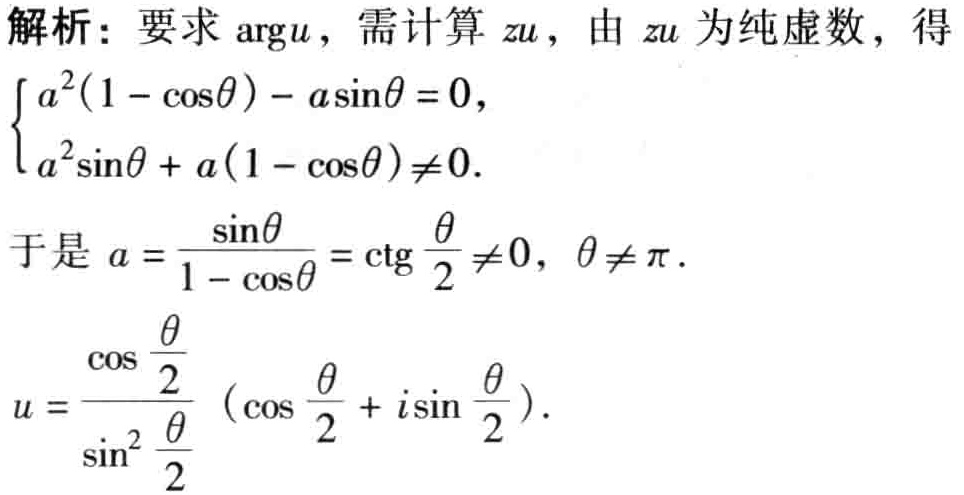
解析：要求$\arg u$，需计算$zu$，由$zu$为纯虚数，得
\[
\begin{cases}
a^{2}(1 - \cos\theta) - a\sin\theta = 0, \\
a^{2}\sin\theta + a(1 - \cos\theta) \neq 0.
\end{cases}
\]
于是$a = \dfrac{\sin\theta}{1 - \cos\theta} = \text{ctg}\dfrac{\theta}{2} \neq 0, \theta \neq \pi$.
\[
u = \dfrac{\cos\dfrac{\theta}{2}}{\sin^{2}\dfrac{\theta}{2}} (\cos\dfrac{\theta}{2} + i\sin\dfrac{\theta}{2}).
\]